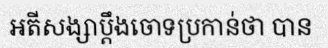
អតីសង្សាប្តឹងចោទប្រកាន់ថា បាន